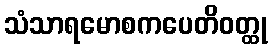
သံသာရမောစကပေတိဝတ္ထု